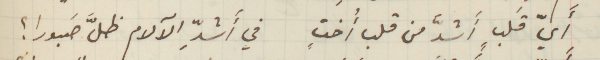
أَيّ قَلبٍ أَشدَّ من قلب أُختٍ في أَشدِّ الآلام ظلَّ صَبورا ؟